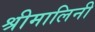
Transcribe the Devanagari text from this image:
श्रीमालिनी